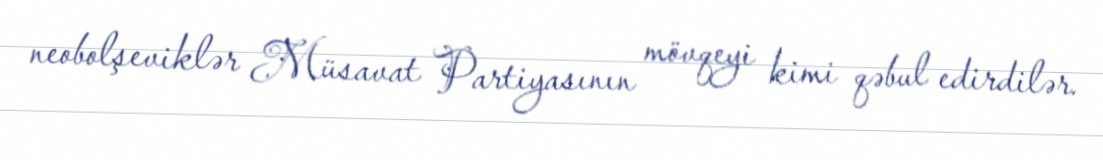
neobolşeviklər Müsavat Partiyasının mövqeyi kimi qəbul edirdilər.